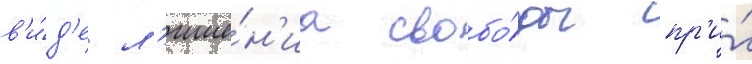
в'и́д'е л'ише́н'иа свобо́ды пр'и́